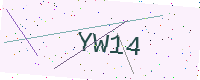
Text: YW14